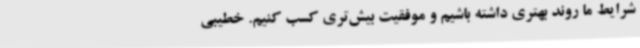
شرایط ما روند بهتری داشته باشیم و موفقیت بیش‌تری کسب کنیم. خطیبی